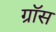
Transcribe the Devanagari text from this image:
ग्राॅस